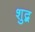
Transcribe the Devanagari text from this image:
शुद्ब